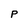
Character: P